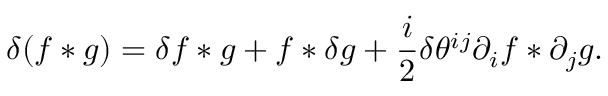
\delta ( f \ast g ) = \delta f \ast g + f \ast \delta g + \frac { i } { 2 } \delta \theta ^ { i j } \partial _ { i } f \ast \partial _ { j } g .